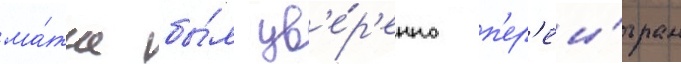
ма́тче бы́л ув'е́р'енно п'ер'еи́гран